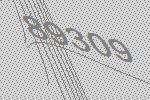
89309